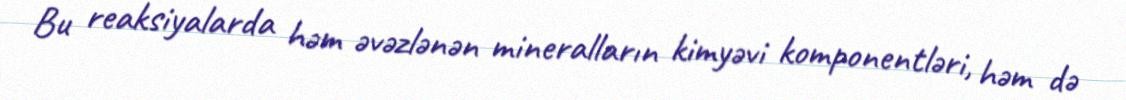
Bu reaksiyalarda həm əvəzlənən mineralların kimyəvi komponentləri, həm də